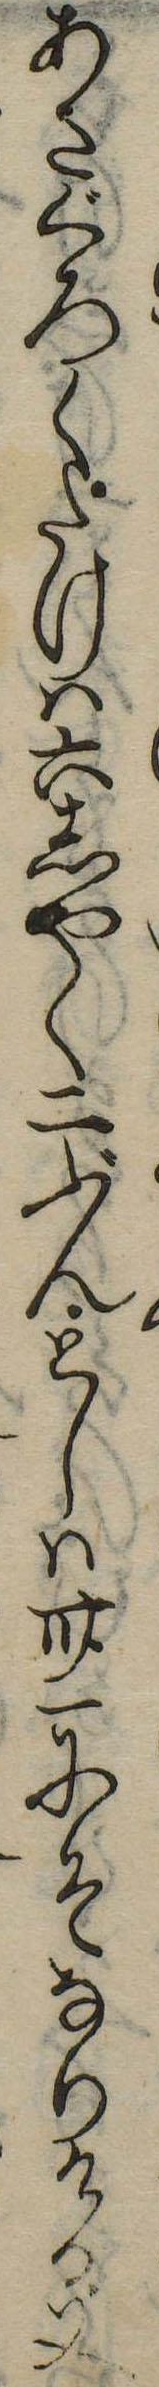
あさぐろくたけは六しやく二ぶんとしは卅一にそなりける又